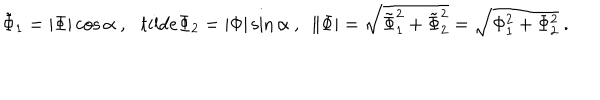
\tilde { \Phi } _ { 1 } = | \Phi | \cos \alpha \ , \ \ \, t i l d e { \Phi } _ { 2 } = | \Phi | \sin \alpha \ , \ \ \| \Phi | = \sqrt { \tilde { \Phi } _ { 1 } ^ { 2 } + \tilde { \Phi } _ { 2 } ^ { 2 } } = \sqrt { \Phi _ { 1 } ^ { 2 } + \Phi _ { 2 } ^ { 2 } } \ .